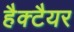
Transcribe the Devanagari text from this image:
हैक्टैयर